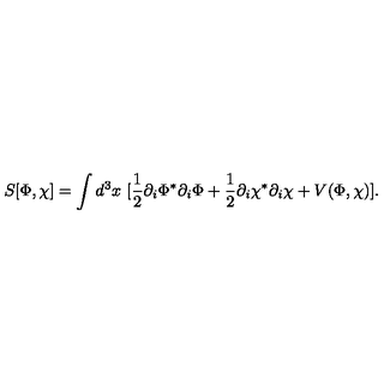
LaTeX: S [ \Phi , \chi ] = \int d ^ { 3 } x \ [ \frac { 1 } { 2 } \partial _ { i } \Phi ^ { * } \partial _ { i } \Phi + \frac { 1 } { 2 } \partial _ { i } \chi ^ { * } \partial _ { i } \chi + V ( \Phi , \chi ) ] .